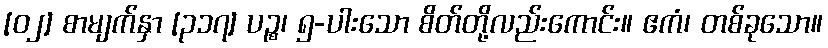
[၀၂] စာမျက်နှာ [၃၁၇] ပဉ္စ၊ ၅-ပါးသော စိတ်တို့လည်းကောင်း။ ဧကံ၊ တစ်ခုသော။